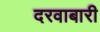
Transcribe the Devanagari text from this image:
दरवाबारी